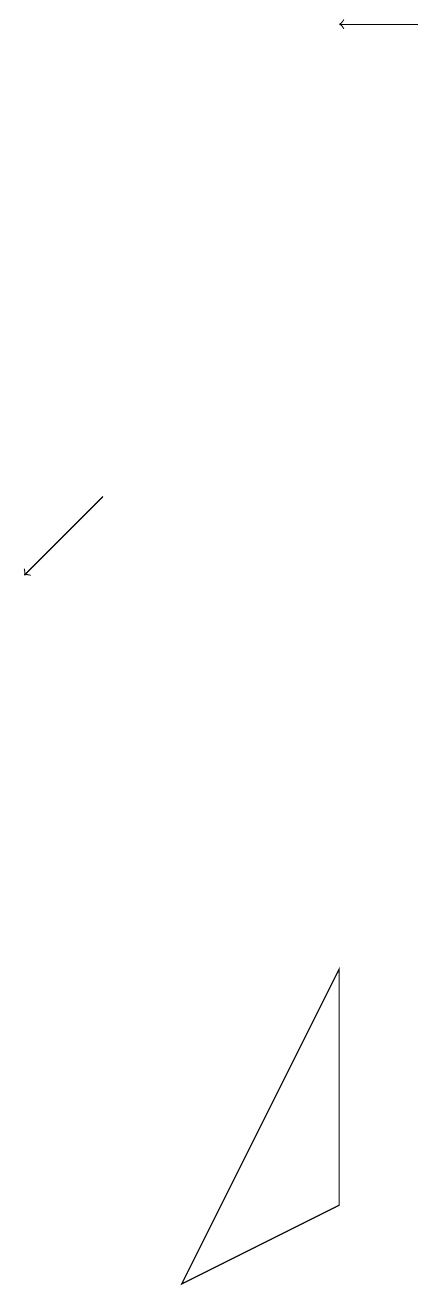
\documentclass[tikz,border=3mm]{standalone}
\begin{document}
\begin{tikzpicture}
\draw[->] (8,19) -- (7,19);
\draw (7,4) -- (5,3) -- (7,7) -- cycle;
\draw[->] (4,13) -- (3,12);
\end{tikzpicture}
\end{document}